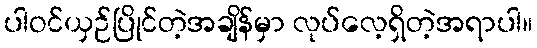
ပါဝင်ယှဉ်ပြိုင်တဲ့အချိန်မှာ လုပ်လေ့ရှိတဲ့အရာပါ။